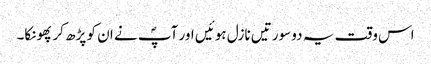
اس وقت یہ دو سورتیں نازل ہوئیں اور آپؐ نے ان کو پڑھ کر پھونکا۔